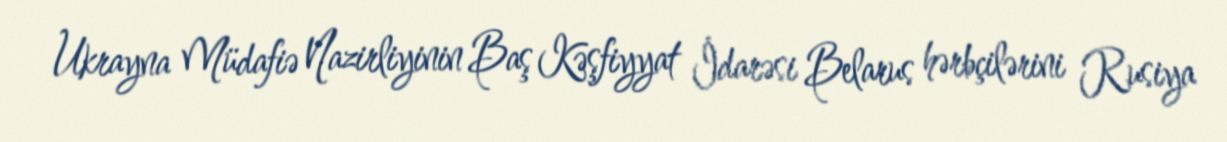
Ukrayna Müdafiə Nazirliyinin Baş Kəşfiyyat İdarəsi Belarus hərbçilərini Rusiya